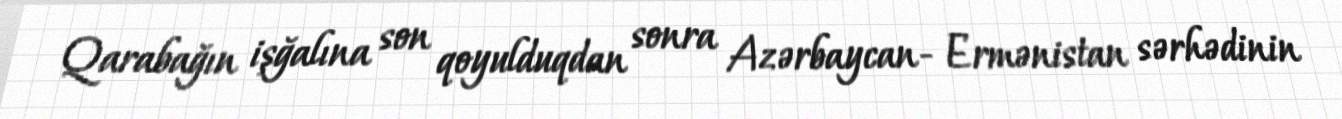
Qarabağın işğalına son qoyulduqdan sonra Azərbaycan- Ermənistan sərhədinin